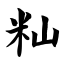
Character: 籼